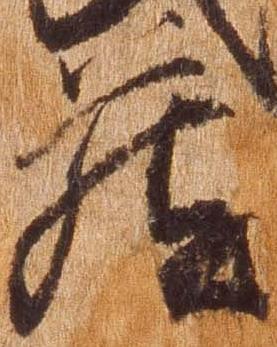
蔵